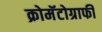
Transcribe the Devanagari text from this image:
क्रोमॅटोग्राफी